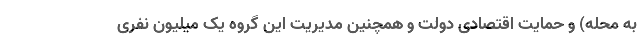
به محله) و حمایت اقتصادی دولت و همچنین مدیریت این گروه یک میلیون نفری